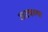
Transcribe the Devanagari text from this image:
अटकाया